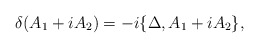
\begin{align*}\delta(A_1 + i A_2) = -i\{ \Delta, A_1 + i A_2 \},\end{align*}